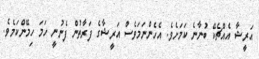
އަރީޝާ އެއްޗެކޭ ބުނާނެ ކަމަށެވެ. އެހެންނަމަވެސް އަރީޝާގެ ފަރާތުން ފެނުނީ ހަމަ ހިމޭންކަމެވެ.